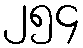
၂၅၄